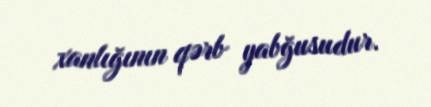
xanlığının qərb yabğusudur.